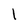
Character: l